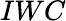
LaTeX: IWC